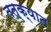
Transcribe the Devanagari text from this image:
तत्क्यात